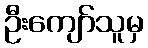
ဦးကျော်သူမှ